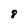
Character: 8